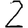
Digit: 2